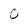
Character: 0